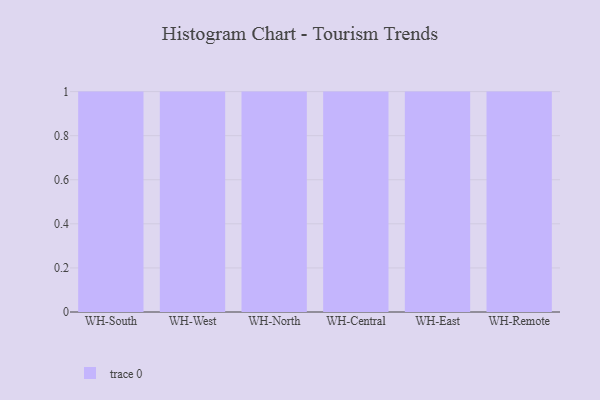
{"axis": {"x": "Warehouse", "y": "Temperature (°C)"}, "legend": [""], "data": [{"x": "WH-South", "y": 41, "type": ""}, {"x": "WH-West", "y": 39, "type": ""}, {"x": "WH-North", "y": 49, "type": ""}, {"x": "WH-Central", "y": 41, "type": ""}, {"x": "WH-East", "y": 62, "type": ""}, {"x": "WH-Remote", "y": 26, "type": ""}]}